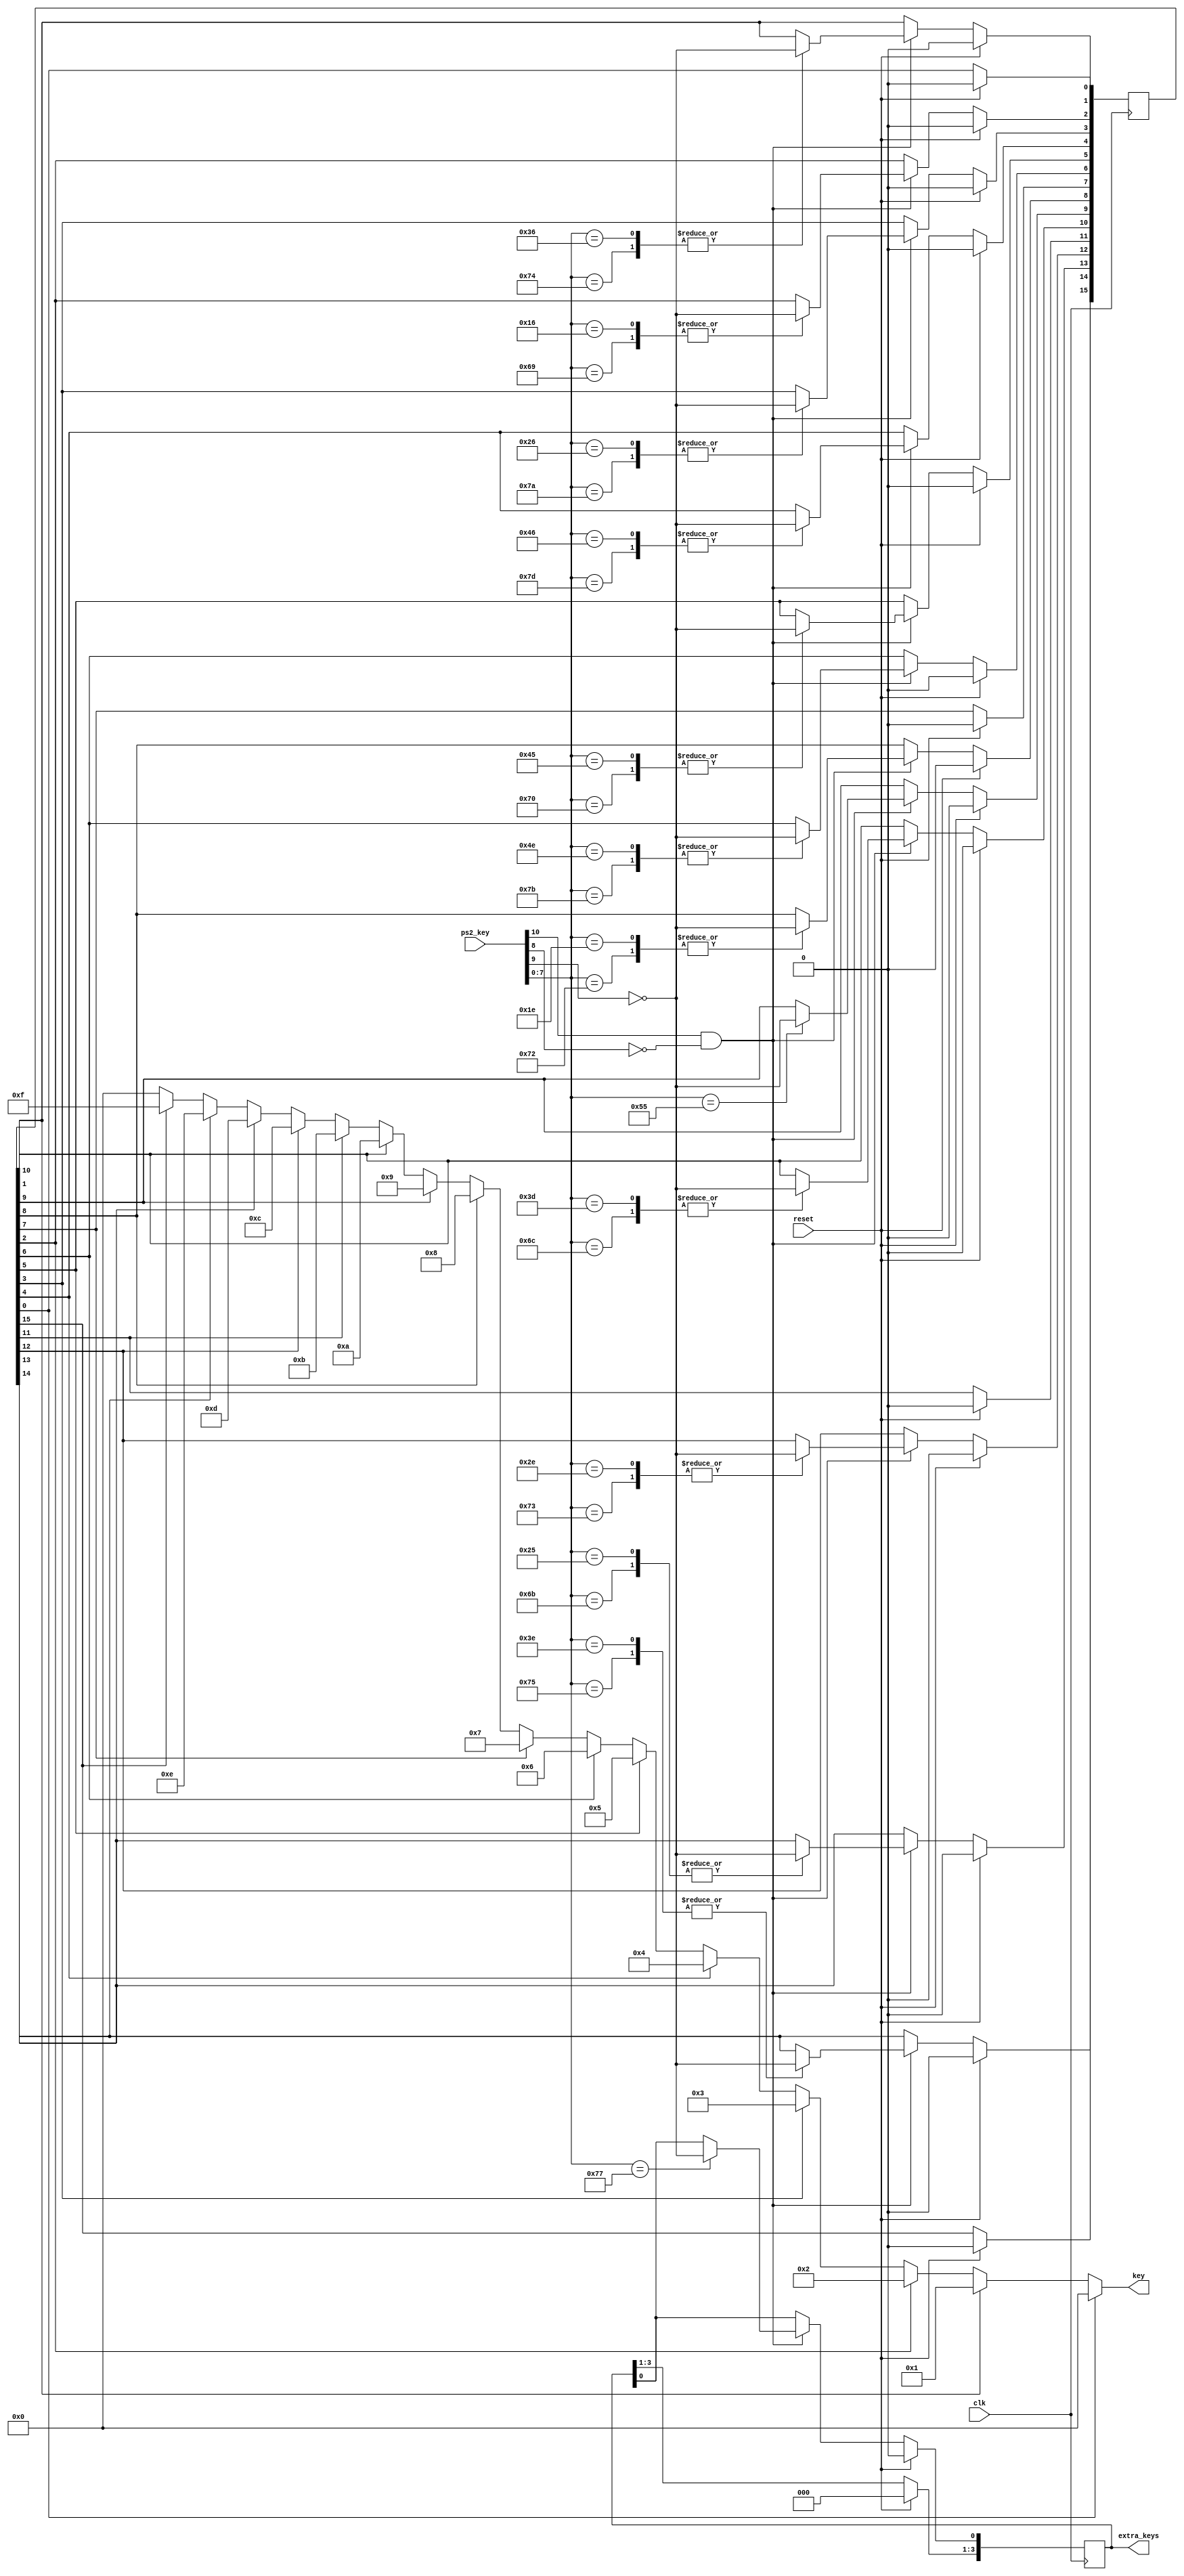
`default_nettype none
module keypad (
  input clk,
  input reset,
  input [10:0] ps2_key,
  output reg [3:0] key,
  output reg [3:0] extra_keys
);

wire pressed = ~ps2_key[9];
wire [7:0]  code = ps2_key[7:0];
reg [15:0] keys;

always @(posedge clk) begin
  if (reset) begin
    keys <= 0;
    extra_keys <= 0;
  end else begin
    if (ps2_key[10] && !ps2_key[8]) begin // Non-extended key
      case (code)
        8'h36, 8'h74: keys[1]  <= pressed; // 6 
        8'h16, 8'h69: keys[2]  <= pressed; // 1
        8'h26, 8'h7a: keys[3]  <= pressed; // 3
        8'h46, 8'h7d: keys[4]  <= pressed; // 9
        8'h45, 8'h70: keys[5]  <= pressed; // 0
        8'h4e, 8'h7b: keys[6]  <= pressed; // - for *
        8'h1e, 8'h72: keys[8]  <= pressed; // 2
        8'h55:        keys[9]  <= pressed; // = for #
        8'h3d, 8'h6c: keys[10] <= pressed; // 7
        8'h2e, 8'h73: keys[12] <= pressed; // 5
        8'h25, 8'h6b: keys[13] <= pressed; // 4
        8'h3e, 8'h75: keys[14] <= pressed; // 8
	8'h77:  extra_keys[0]  <= pressed; // Num lock for pause cpu
      endcase
    end      
  end
end

integer i;
always @*begin
  key = 0;
  for(i=15;i>=0;i=i-1) begin
    if (keys[i]) key = i;
  end
end

endmodule